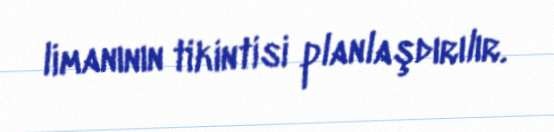
limanının tikintisi planlaşdırılır.